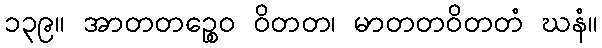
၁၃၉။ အာတတဉ္စေဝ ဝိတတ၊ မာတတဝိတတံ ဃနံ။